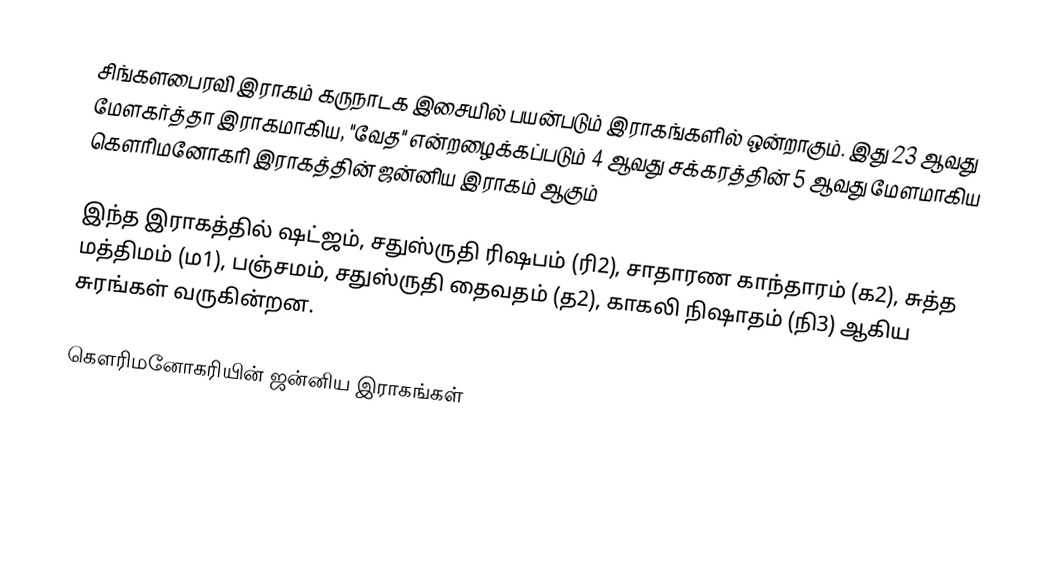
சிங்களபைரவி இராகம் கருநாடக இசையில் பயன்படும் இராகங்களில் ஒன்றாகும். இது 23 ஆவது மேளகர்த்தா இராகமாகிய, "வேத" என்றழைக்கப்படும் 4 ஆவது சக்கரத்தின் 5 ஆவது மேளமாகிய கௌரிமனோகரி இராகத்தின் ஜன்னிய இராகம் ஆகும்

இந்த இராகத்தில் ஷட்ஜம், சதுஸ்ருதி ரிஷபம் (ரி2),  சாதாரண காந்தாரம் (க2), சுத்த மத்திமம் (ம1), பஞ்சமம்,  சதுஸ்ருதி தைவதம் (த2), காகலி நிஷாதம்  (நி3) ஆகிய சுரங்கள் வருகின்றன.

கௌரிமனோகரியின் ஜன்னிய இராகங்கள்